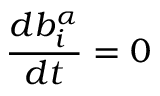
\frac { d b _ { i } ^ { \alpha } } { d t } = 0